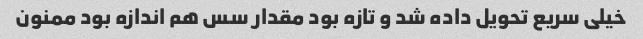
خیلی سریع تحویل داده شد و تازه بود مقدار سس هم اندازه بود ممنون